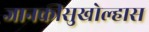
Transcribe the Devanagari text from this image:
जानकीसुखोल्हास